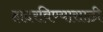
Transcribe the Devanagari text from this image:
हादरविण्यासाठी